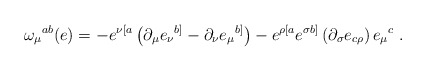
\begin{align*}\omega_{\mu}{}^{ab}(e)= -e^{\nu[a}\left( \partial_{\mu}e_{\nu}{}^{b]} -\partial_{\nu}e_\mu{}^{b]}\right) - e^{\rho[a} e^{\sigma b]}\left( \partial_{\sigma} e_{c\rho} \right) e_{\mu}{}^{c}\ .\end{align*}